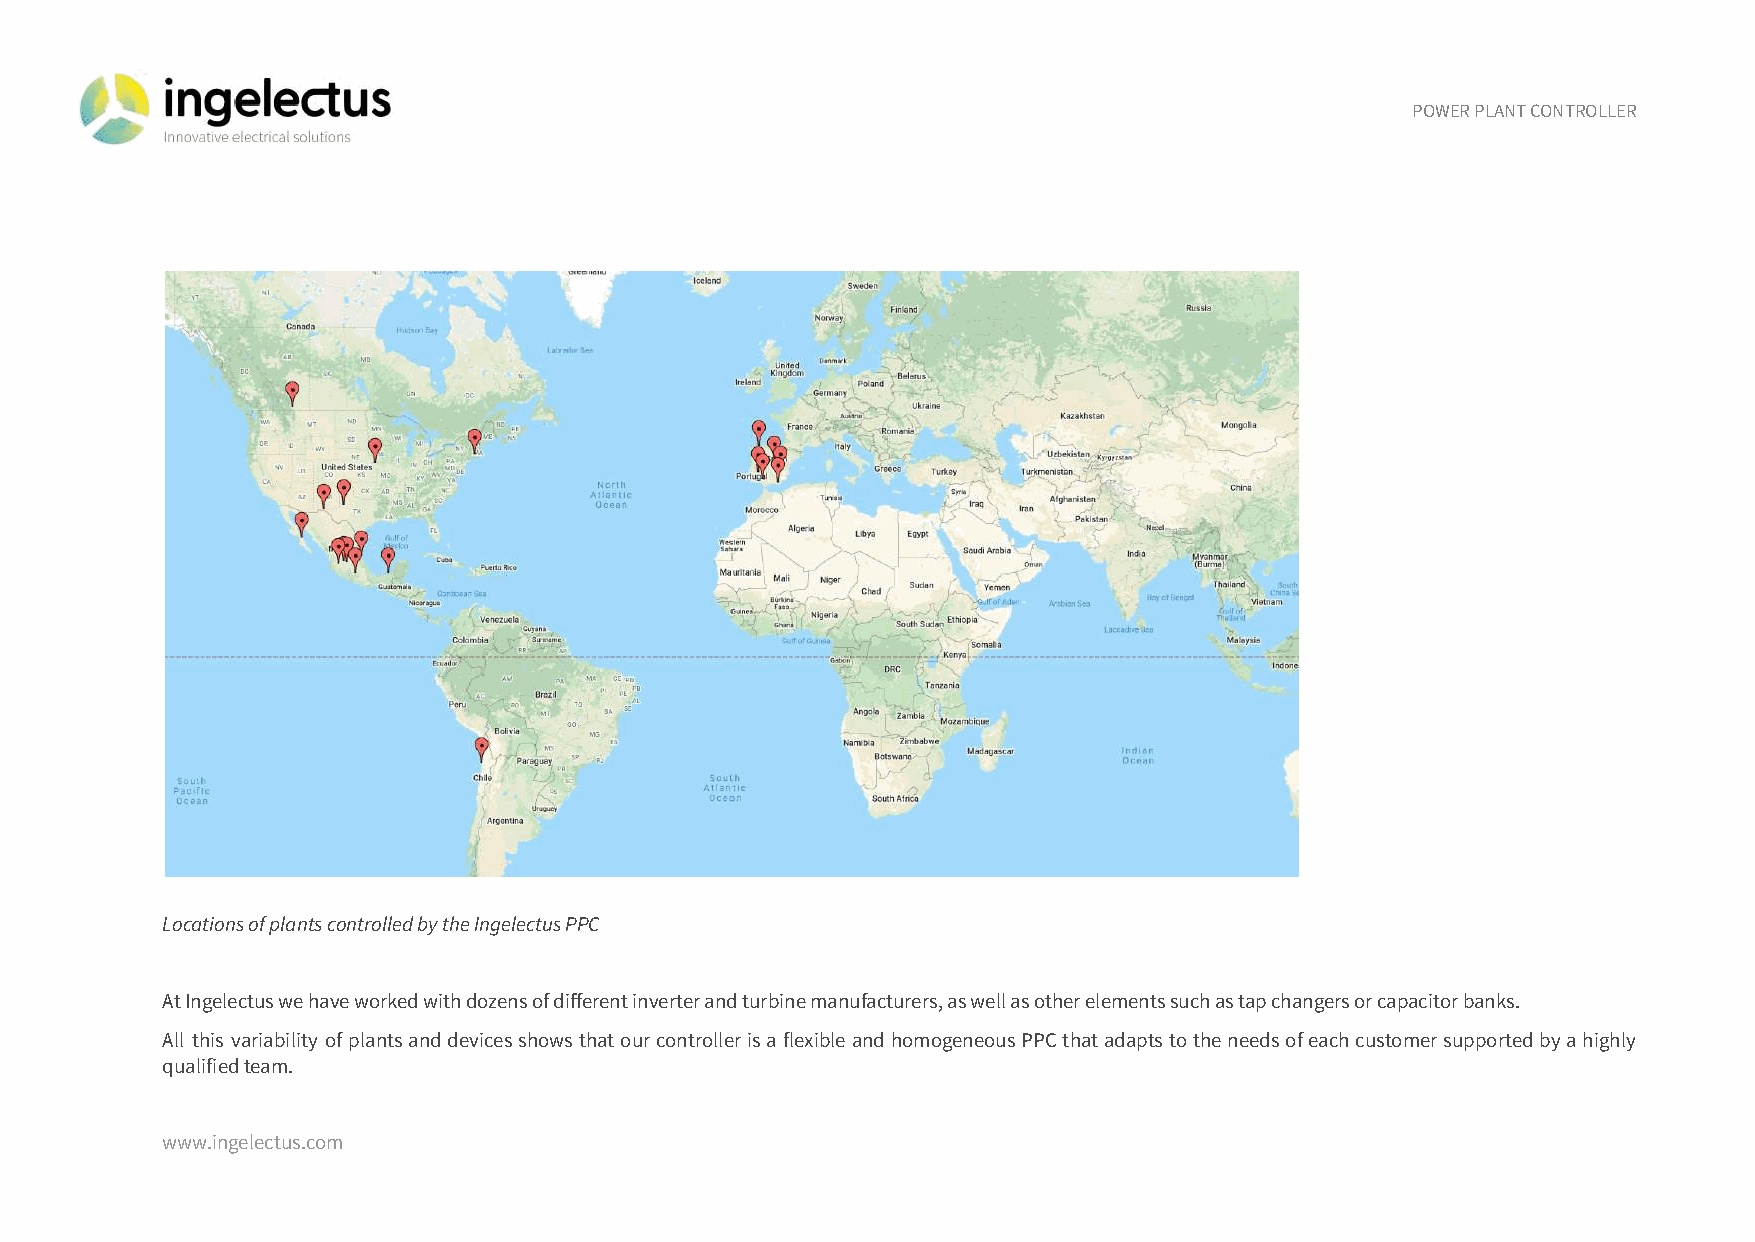
POWER PLANT CONTROLLER
 Locations of plants controlled by the Ingelectus PPC
 At Ingelectus we have worked with dozens of different inverter and turbine manufacturers, as well as other elements such as tap changers or capacitor banks.
 All this variability ofplantsanddevicesshowsthatourcontrollerisaflexibleandhomogeneousPPCthatadaptstotheneedsofeachcustomersupportedbyahighly
 qualified team.
 www.ingelectus.com